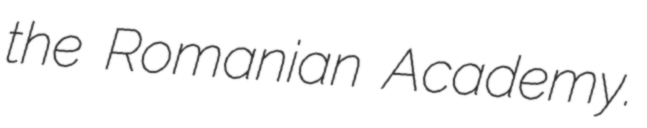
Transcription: the Romanian Academy.